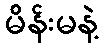
မိန်းမနဲ့